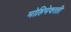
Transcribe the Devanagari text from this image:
मोहिमेवरती